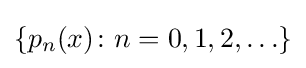
\{p_{n}(x)\colon n=0,1,2,\ldots \}